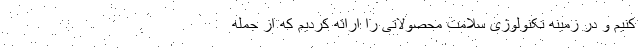
کنیم و در زمینه تکنولوژی سلامت محصولاتی را ارائه کردیم که از جمله